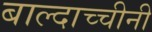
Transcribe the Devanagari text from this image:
बाल्दाच्चीनी